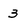
Character: 3